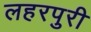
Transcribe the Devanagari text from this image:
लहरपुरी